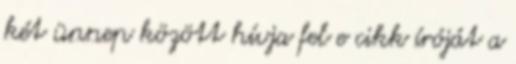
két ünnep között hívja fel e cikk íróját a